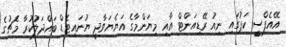
އޭއެފްސީ ކަޕުގައި ނިއު ރޭޑިއަންޓް އާއި މިޔަންމާގެ އަޔެޔަވާދީ ޔުނައިޓެޑް ބައްދަލުކުރާ މެޗުގެ